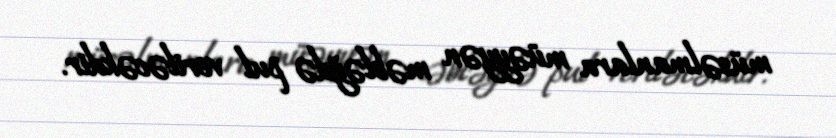
müsəlmanlara müəyyən məbləğdə pul veriləcəkdir.